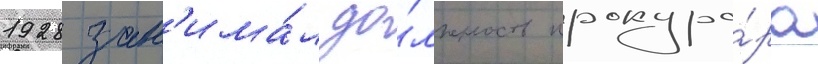
1928 зан'има́л до́лжность прокуро́ра